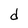
Character: d